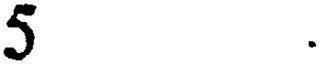
5 .